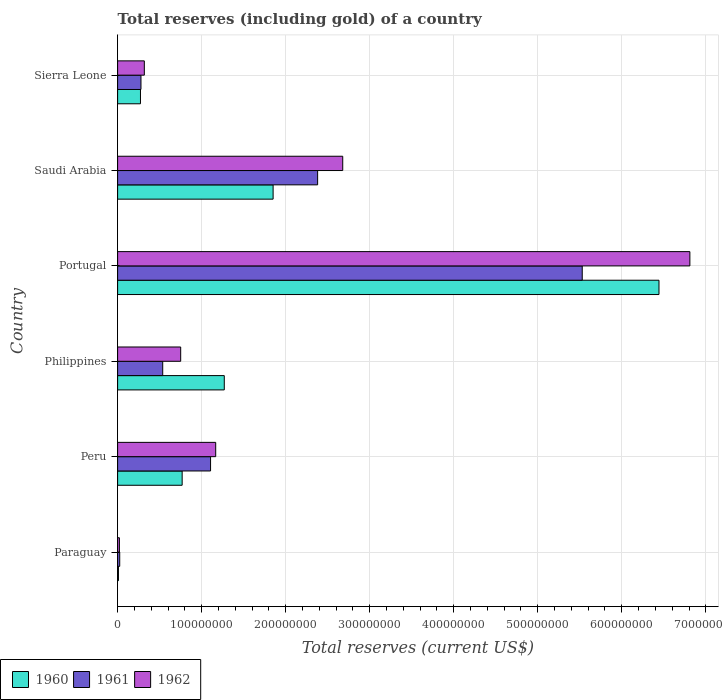
| Country | 1960 | 1961 | 1962 |
 | --- | --- | --- | --- |
 | Paraguay | 1.01e+06 | 2.52e+06 | 2.14e+06 |
 | Peru | 7.68e+07 | 1.11e+08 | 1.17e+08 |
 | Philippines | 1.27e+08 | 5.37e+07 | 7.51e+07 |
 | Portugal | 6.44e+08 | 5.53e+08 | 6.81e+08 |
 | Saudi Arabia | 1.85e+08 | 2.38e+08 | 2.68e+08 |
 | Sierra Leone | 2.72e+07 | 2.78e+07 | 3.18e+07 |